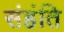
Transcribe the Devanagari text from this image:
संहंति